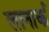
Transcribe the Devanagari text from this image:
लानार्क